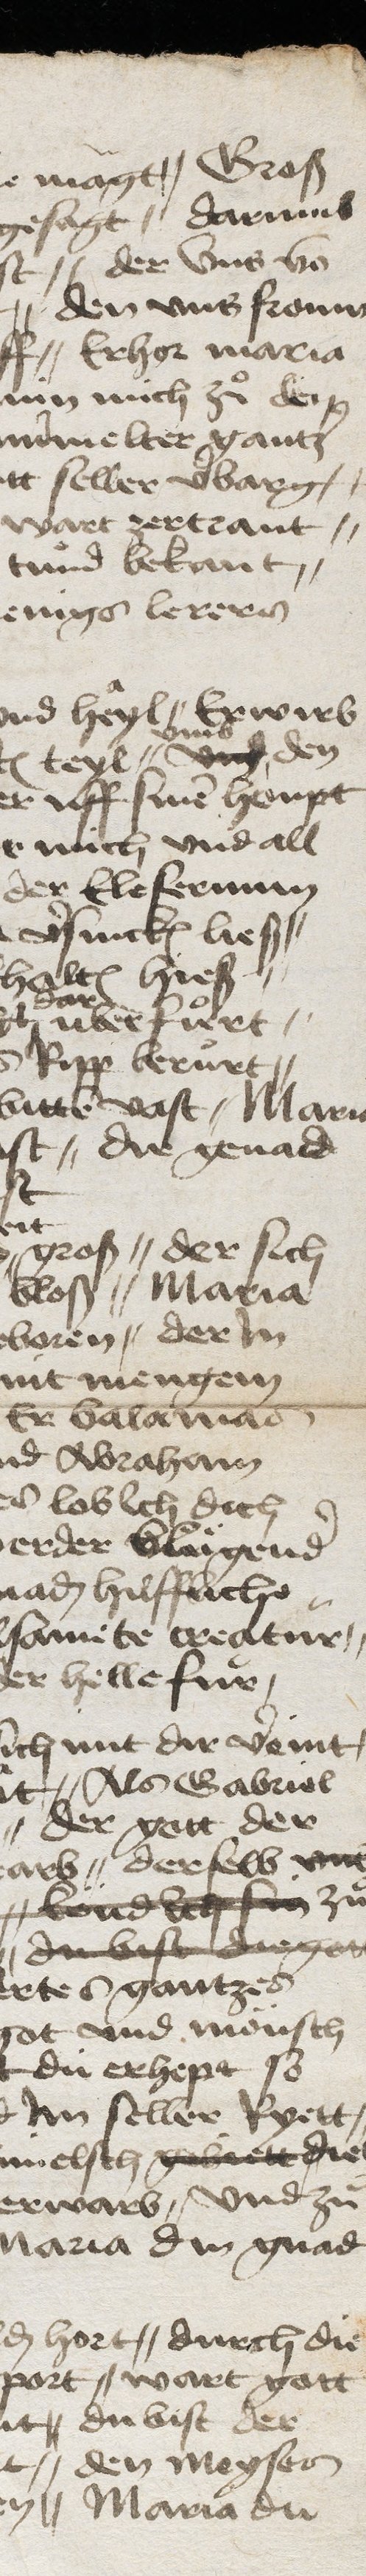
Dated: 1475–1499